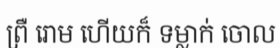
ព្រឺ រោម ហើយក៏ ទម្លាក់ ចោល